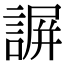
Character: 𧩱